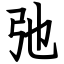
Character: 弛